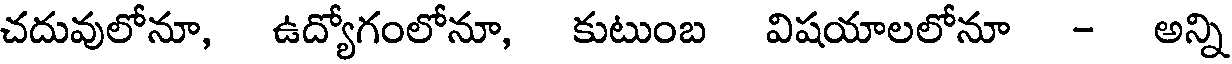
చదువులోనూ, ఉద్యోగంలోనూ, కుటుంబ విషయాలలోనూ - అన్ని